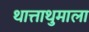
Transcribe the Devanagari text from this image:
थात्ताथुमाला